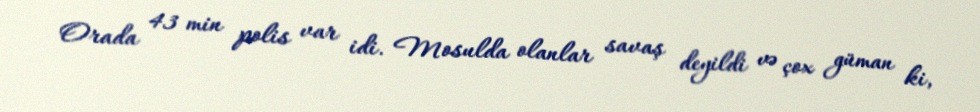
Orada 43 min polis var idi. Mosulda olanlar savaş deyildi və çox güman ki,